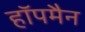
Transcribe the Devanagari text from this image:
हॉपमैन